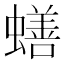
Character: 蟮